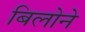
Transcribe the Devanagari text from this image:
बिलोने